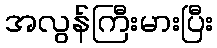
အလွန်ကြီးမားပြီး